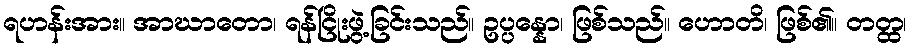
ရဟန်းအား။ အာဃာတော၊ ရန်ငြိုးဖွဲ့ခြင်းသည်။ ဥပ္ပန္နော၊ ဖြစ်သည်။ ဟောတိ၊ ဖြစ်၏။ တတ္ထ၊